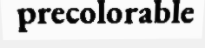
precolorable